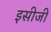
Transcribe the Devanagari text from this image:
इसीजी